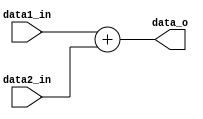
`timescale 1ns / 1ps

module ADDER(data1_in,data2_in,data_o);

input [31:0] data1_in,data2_in;
output [31:0] data_o;

assign data_o = data1_in + data2_in;

endmodule